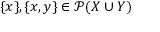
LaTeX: \{ x \} , \{ x , y \} \in { \mathcal { P } } ( X \cup Y )